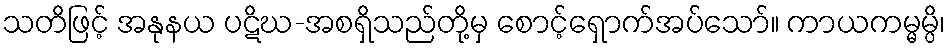
သတိဖြင့် အနုနယ ပဋိဃ-အစရှိသည်တို့မှ စောင့်ရှောက်အပ်သော်။ ကာယကမ္မမ္ပိ၊